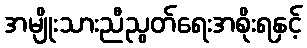
အမျိုးသားညီညွတ်ရေးအစိုးရနှင့်